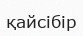
қайсібір